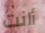
أانت